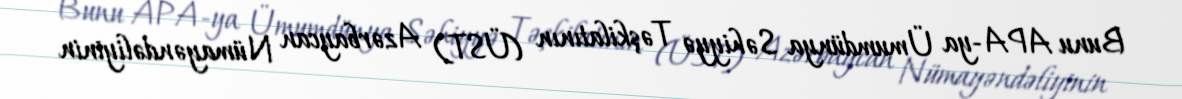
Bunu APA-ya Ümumdünya Səhiyyə Təşkilatının (ÜST) Azərbaycan Nümayəndəliyinin